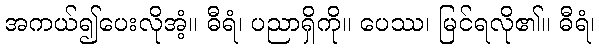
အကယ်၍ပေးလိုအံ့။ ဓီရံ၊ ပညာရှိကို။ ပေဿ၊ မြင်ရလို၏။ ဓီရံ၊